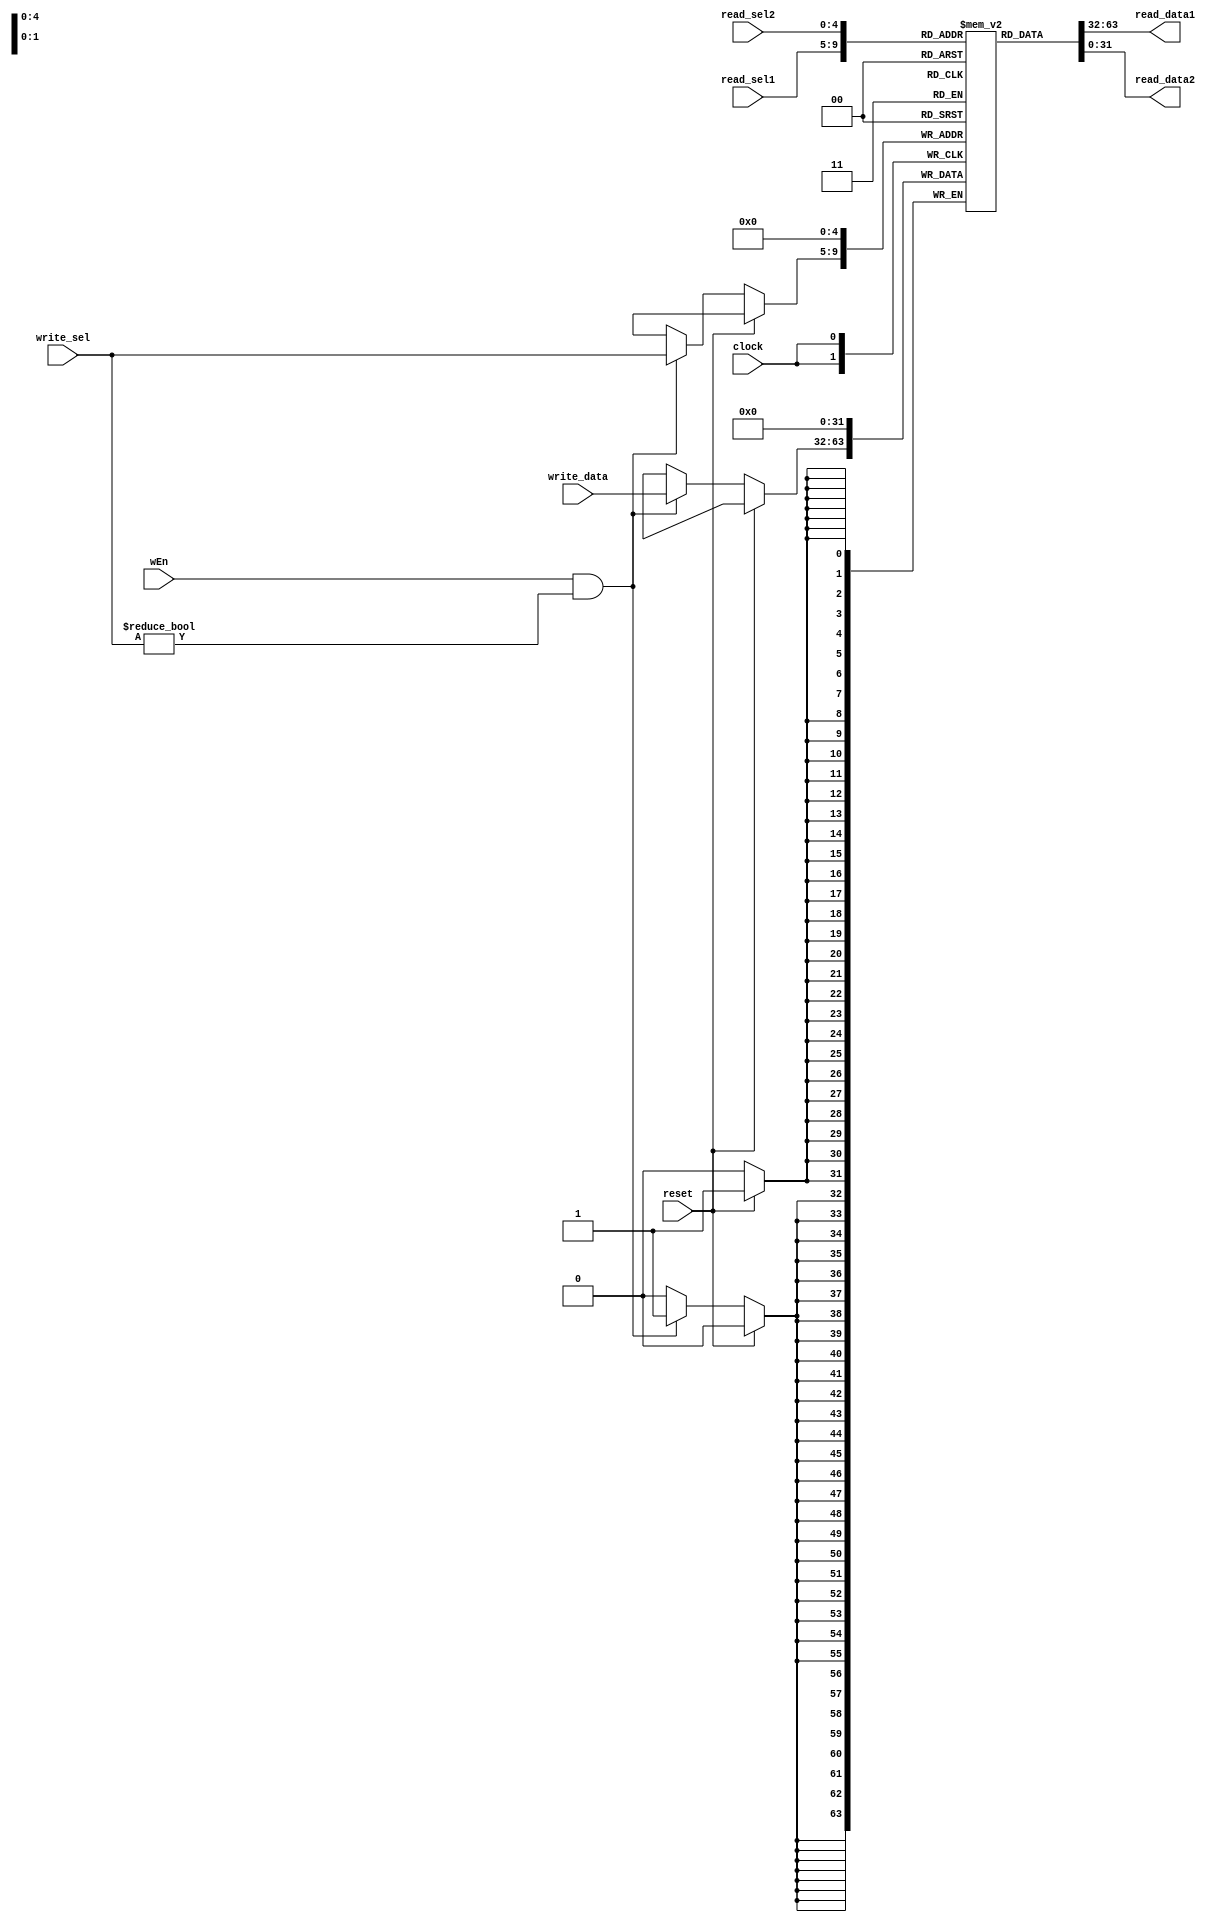
/** @module : regFile
 *  @author : Adaptive & Secure Computing Systems (ASCS) Laboratory
 
 *  Copyright (c) 2018 BRISC-V (ASCS/ECE/BU)
 *  Permission is hereby granted, free of charge, to any person obtaining a copy
 *  of this software and associated documentation files (the "Software"), to deal
 *  in the Software without restriction, including without limitation the rights
 *  to use, copy, modify, merge, publish, distribute, sublicense, and/or sell
 *  copies of the Software, and to permit persons to whom the Software is
 *  furnished to do so, subject to the following conditions:
 *  The above copyright notice and this permission notice shall be included in
 *  all copies or substantial portions of the Software.

 *  THE SOFTWARE IS PROVIDED "AS IS", WITHOUT WARRANTY OF ANY KIND, EXPRESS OR
 *  IMPLIED, INCLUDING BUT NOT LIMITED TO THE WARRANTIES OF MERCHANTABILITY,
 *  FITNESS FOR A PARTICULAR PURPOSE AND NONINFRINGEMENT. IN NO EVENT SHALL THE
 *  AUTHORS OR COPYRIGHT HOLDERS BE LIABLE FOR ANY CLAIM, DAMAGES OR OTHER
 *  LIABILITY, WHETHER IN AN ACTION OF CONTRACT, TORT OR OTHERWISE, ARISING FROM,
 *  OUT OF OR IN CONNECTION WITH THE SOFTWARE OR THE USE OR OTHER DEALINGS IN
 *  THE SOFTWARE.
 */

// Parameterized register file
module regFile #(
  parameter REG_DATA_WIDTH = 32,
  parameter REG_SEL_BITS   = 5
) (
  input clock,
  input reset,
  input wEn,
  input [REG_DATA_WIDTH-1:0] write_data,
  input [REG_SEL_BITS-1:0] read_sel1,
  input [REG_SEL_BITS-1:0] read_sel2,
  input [REG_SEL_BITS-1:0] write_sel,
  output [REG_DATA_WIDTH-1:0] read_data1,
  output [REG_DATA_WIDTH-1:0] read_data2


);

(* ram_style = "distributed" *)
reg [REG_DATA_WIDTH-1:0] register_file[0:(1<<REG_SEL_BITS)-1];

always @(posedge clock) begin
  if(reset==1)
    register_file[0] <= 0;
  else
    if (wEn & write_sel != 0) register_file[write_sel] <= write_data;
end

//----------------------------------------------------
// Drive the outputs
//----------------------------------------------------
assign read_data1 = register_file[read_sel1];
assign read_data2 = register_file[read_sel2];

// Note: This was for debugging with signal tap. It has been kept because
// removing it hurt synthesis results in Quartus Prime Lite 17.1. Without
// these lines the zero registers are not removed by the optimizations and the
// Fmax of the design is hurt because of the larger register file.
wire [31:0] r1;
assign r1 = register_file[1];
wire [31:0] r14;
assign r14 = register_file[14];
wire [31:0] r15;
assign r15 = register_file[15];

endmodule